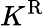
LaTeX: K^{\mathrm{R}}